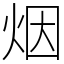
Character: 烟